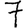
Digit: 7